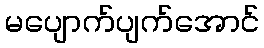
မပျောက်ပျက်အောင်